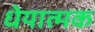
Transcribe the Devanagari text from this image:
धेयात्मक